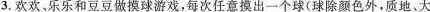
3.欢欢，乐乐和豆豆做摸球游戏，每次任意摸出一个球(球除颜色外，质地。大